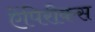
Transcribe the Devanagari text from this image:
ऐंपिरीकस